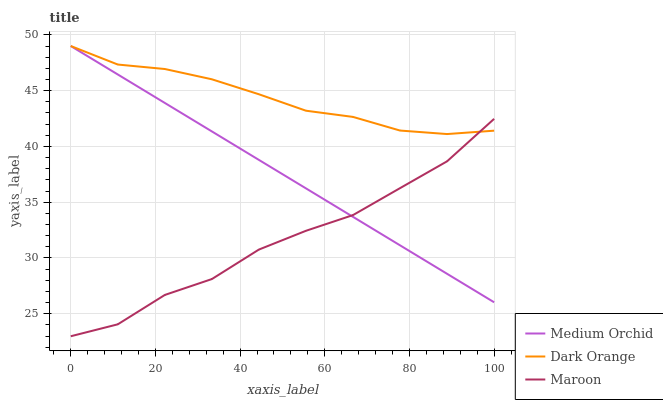
| xaxis_label | Medium Orchid | Dark Orange | Maroon |
 | --- | --- | --- | --- |
 | 0 | 49 | 49 | 23 |
 | 11.1 | 46.4 | 47.3 | 24 |
 | 22.2 | 43.9 | 46.9 | 26.7 |
 | 33.3 | 41.3 | 46 | 28.1 |
 | 44.4 | 38.8 | 44.7 | 30.8 |
 | 55.6 | 36.2 | 43.2 | 32.4 |
 | 66.7 | 33.7 | 42.6 | 33.8 |
 | 77.8 | 31.1 | 41.4 | 36.3 |
 | 88.9 | 28.6 | 41.1 | 38.7 |
 | 100 | 26 | 41.4 | 42.5 |